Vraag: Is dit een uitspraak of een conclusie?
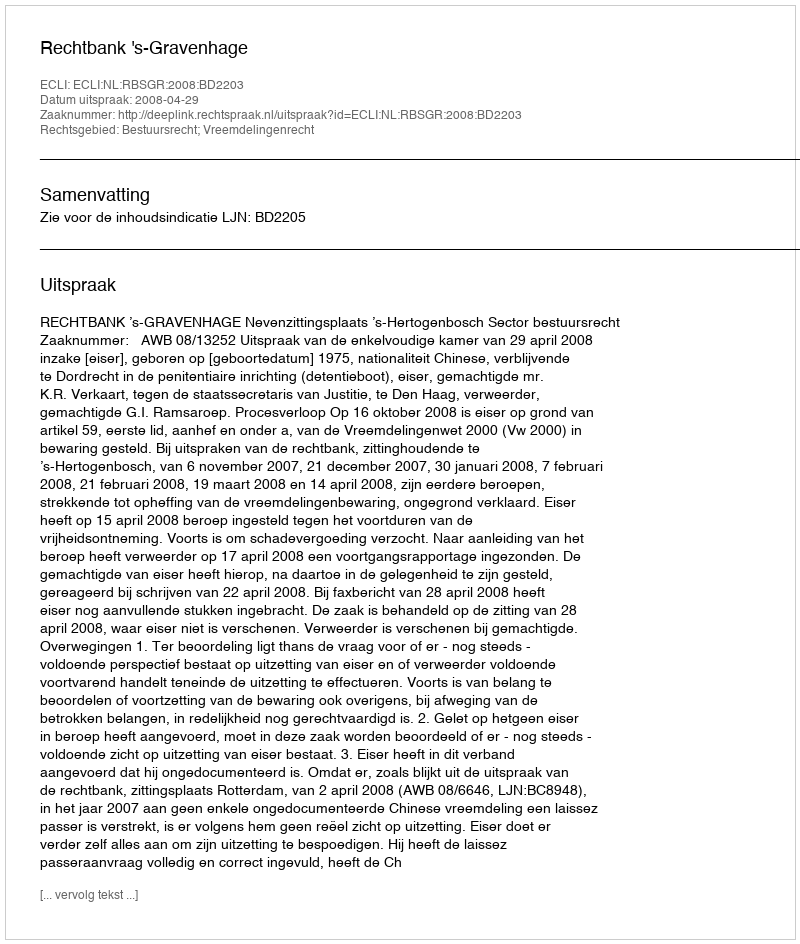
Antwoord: Uitspraak